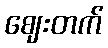
ဈေးတက်